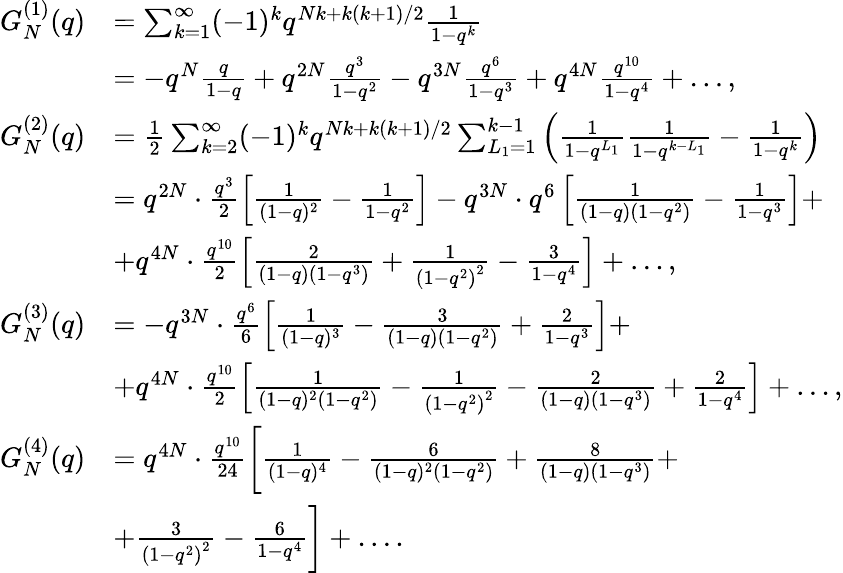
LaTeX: \begin{array}{rl}{G_{N}^{(1)}(q)}&{=\sum_{k=1}^{\infty}(-1)^{k}q^{Nk+k(k+1)/2}\frac{1}{1-q^{k}}}\\ &{=-q^{N}\frac{q}{1-q}+q^{2N}\frac{q^{3}}{1-q^{2}}-q^{3N}\frac{q^{6}}{1-q^{3}}+q^{4N}\frac{q^{10}}{1-q^{4}}+\dots,}\\ {G_{N}^{(2)}(q)}&{=\frac{1}{2}\sum_{k=2}^{\infty}(-1)^{k}q^{Nk+k(k+1)/2}\sum_{L_{1}=1}^{k-1}\left(\frac{1}{1-q^{L_{1}}}\frac{1}{1-q^{k-L_{1}}}-\frac{1}{1-q^{k}}\right)}\\ &{=q^{2N}\cdot\frac{q^{3}}{2}\left[\frac{1}{(1-q)^{2}}-\frac{1}{1-q^{2}}\right]-q^{3N}\cdot q^{6}\left[\frac{1}{(1-q)\left(1-q^{2}\right)}-\frac{1}{1-q^{3}}\right]+}\\ &{+q^{4N}\cdot\frac{q^{10}}{2}\left[\frac{2}{(1-q)\left(1-q^{3}\right)}+\frac{1}{\left(1-q^{2}\right)^{2}}-\frac{3}{1-q^{4}}\right]+\dots,}\\ {G_{N}^{(3)}(q)}&{=-q^{3N}\cdot\frac{q^{6}}{6}\left[\frac{1}{(1-q)^{3}}-\frac{3}{(1-q)\left(1-q^{2}\right)}+\frac{2}{1-q^{3}}\right]+}\\ &{+q^{4N}\cdot\frac{q^{10}}{2}\left[\frac{1}{(1-q)^{2}\left(1-q^{2}\right)}-\frac{1}{\left(1-q^{2}\right)^{2}}-\frac{2}{(1-q)\left(1-q^{3}\right)}+\frac{2}{1-q^{4}}\right]+\dots,}\\ {G_{N}^{(4)}(q)}&{=q^{4N}\cdot\frac{q^{10}}{24}\bigg[\frac{1}{(1-q)^{4}}-\frac{6}{(1-q)^{2}\left(1-q^{2}\right)}+\frac{8}{(1-q)\left(1-q^{3}\right)}+}\\ &{+\frac{3}{\left(1-q^{2}\right)^{2}}-\frac{6}{1-q^{4}}\bigg]+\dots.}\end{array}